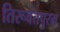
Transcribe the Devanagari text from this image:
तिरूवंतपुरम